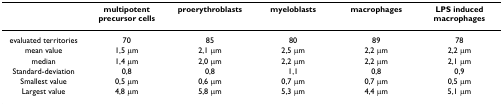
|  | multipotent precursor cells | proerythroblasts | myeloblasts | macrophages | LPS induced macrophages |
 | --- | --- | --- | --- | --- | --- |
 | evaluated territories | 70 | 85 | 80 | 89 | 78 |
 | mean value | 1,5 μm | 2,1 μm | 2,5 μm | 2,2 μm | 2,2 μm |
 | median | 1,4 μm | 2,0 μm | 2,2 μm | 2,2 μm | 2,1 μm |
 | Standard-deviation | 0,8 | 0,8 | 1,1 | 0,8 | 0,9 |
 | Smallest value | 0,5 μm | 0,6 μm | 0,7 μm | 0,7 μm | 0,5 μm |
 | Largest value | 4,8 μm | 5,8 μm | 5,3 μm | 4,4 μm | 5,1 μm |